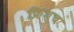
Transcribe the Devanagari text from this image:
फ्रिश्च